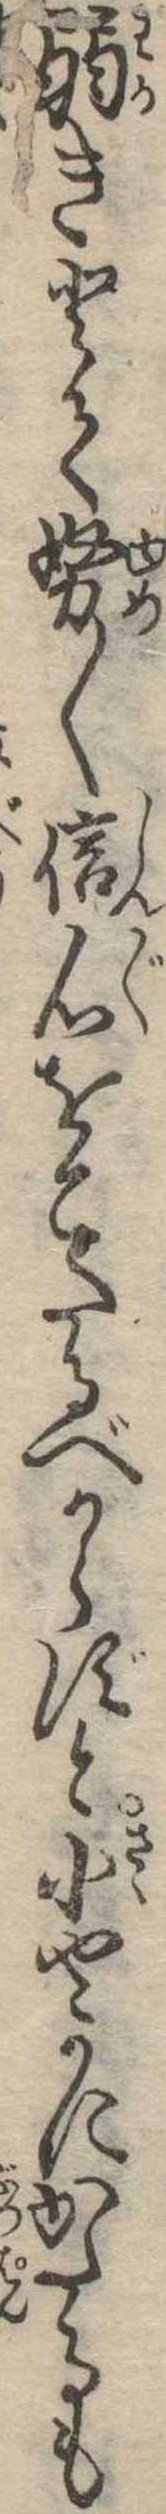
弱きとて努〱信心をこたるべからずと小やかにかたるも